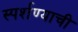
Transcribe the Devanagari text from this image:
स्पर्शण्याची